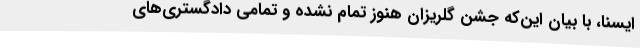
ایسنا، با بیان این‌که جشن گلریزان هنوز تمام نشده و تمامی دادگستری‌های